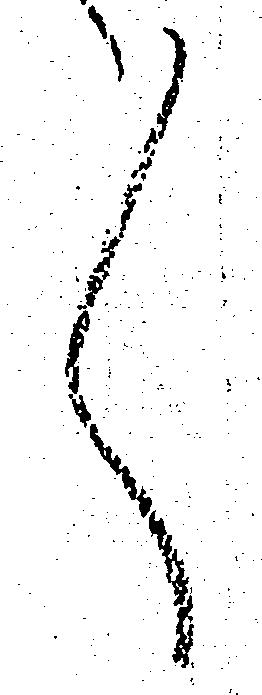
々